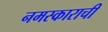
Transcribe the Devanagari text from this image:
नमस्काराची